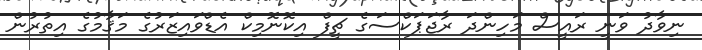
ނިވާދު ވަނީ ރައީސް މަހިންދަ ރާޖަޕަކްސަގެ ޗީފް އިކޮނޮމިކް އެޑްވައިޒަރުގެ މަޤާމުގެ އިތުރުން